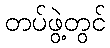
တပ်ဖွဲ့တွင်